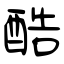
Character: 酷